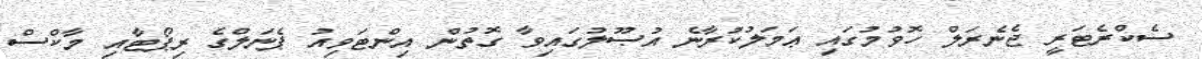
ސެކްރެޓަރީ ޖެނެރަލް ހޮވުމުގައިި ޢަމަލުކުރާނެ އުޞޫލުގައިވާ ގޮތުން އިންޓަވިއު ޕެނަލްގެ ރިޕޯޓާއި މާކްސް